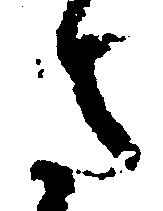
ま